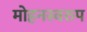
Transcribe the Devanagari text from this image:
मोहनस्वरुप